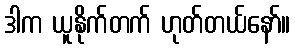
ဒါက ယူနိုက်တက် ဟုတ်တယ်နော်။